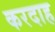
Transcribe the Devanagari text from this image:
करदाह